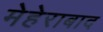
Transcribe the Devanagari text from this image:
मेहेराबाद